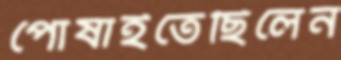
পোষাইতেছিলেন